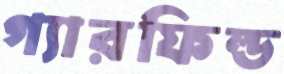
গ্যারফিল্ড